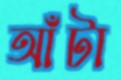
আঁটা